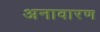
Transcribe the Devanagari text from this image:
अनावारण